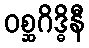
ဝစ္ဆဂိဒ္ဓိနီ